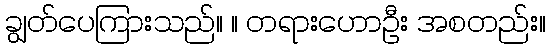
ချွတ်ပေကြားသည်။ ။ တရားဟောဦး အစတည်း။